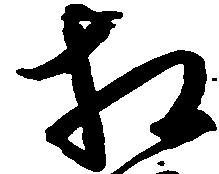
相